Eesti_Rahvusfond, lk 25
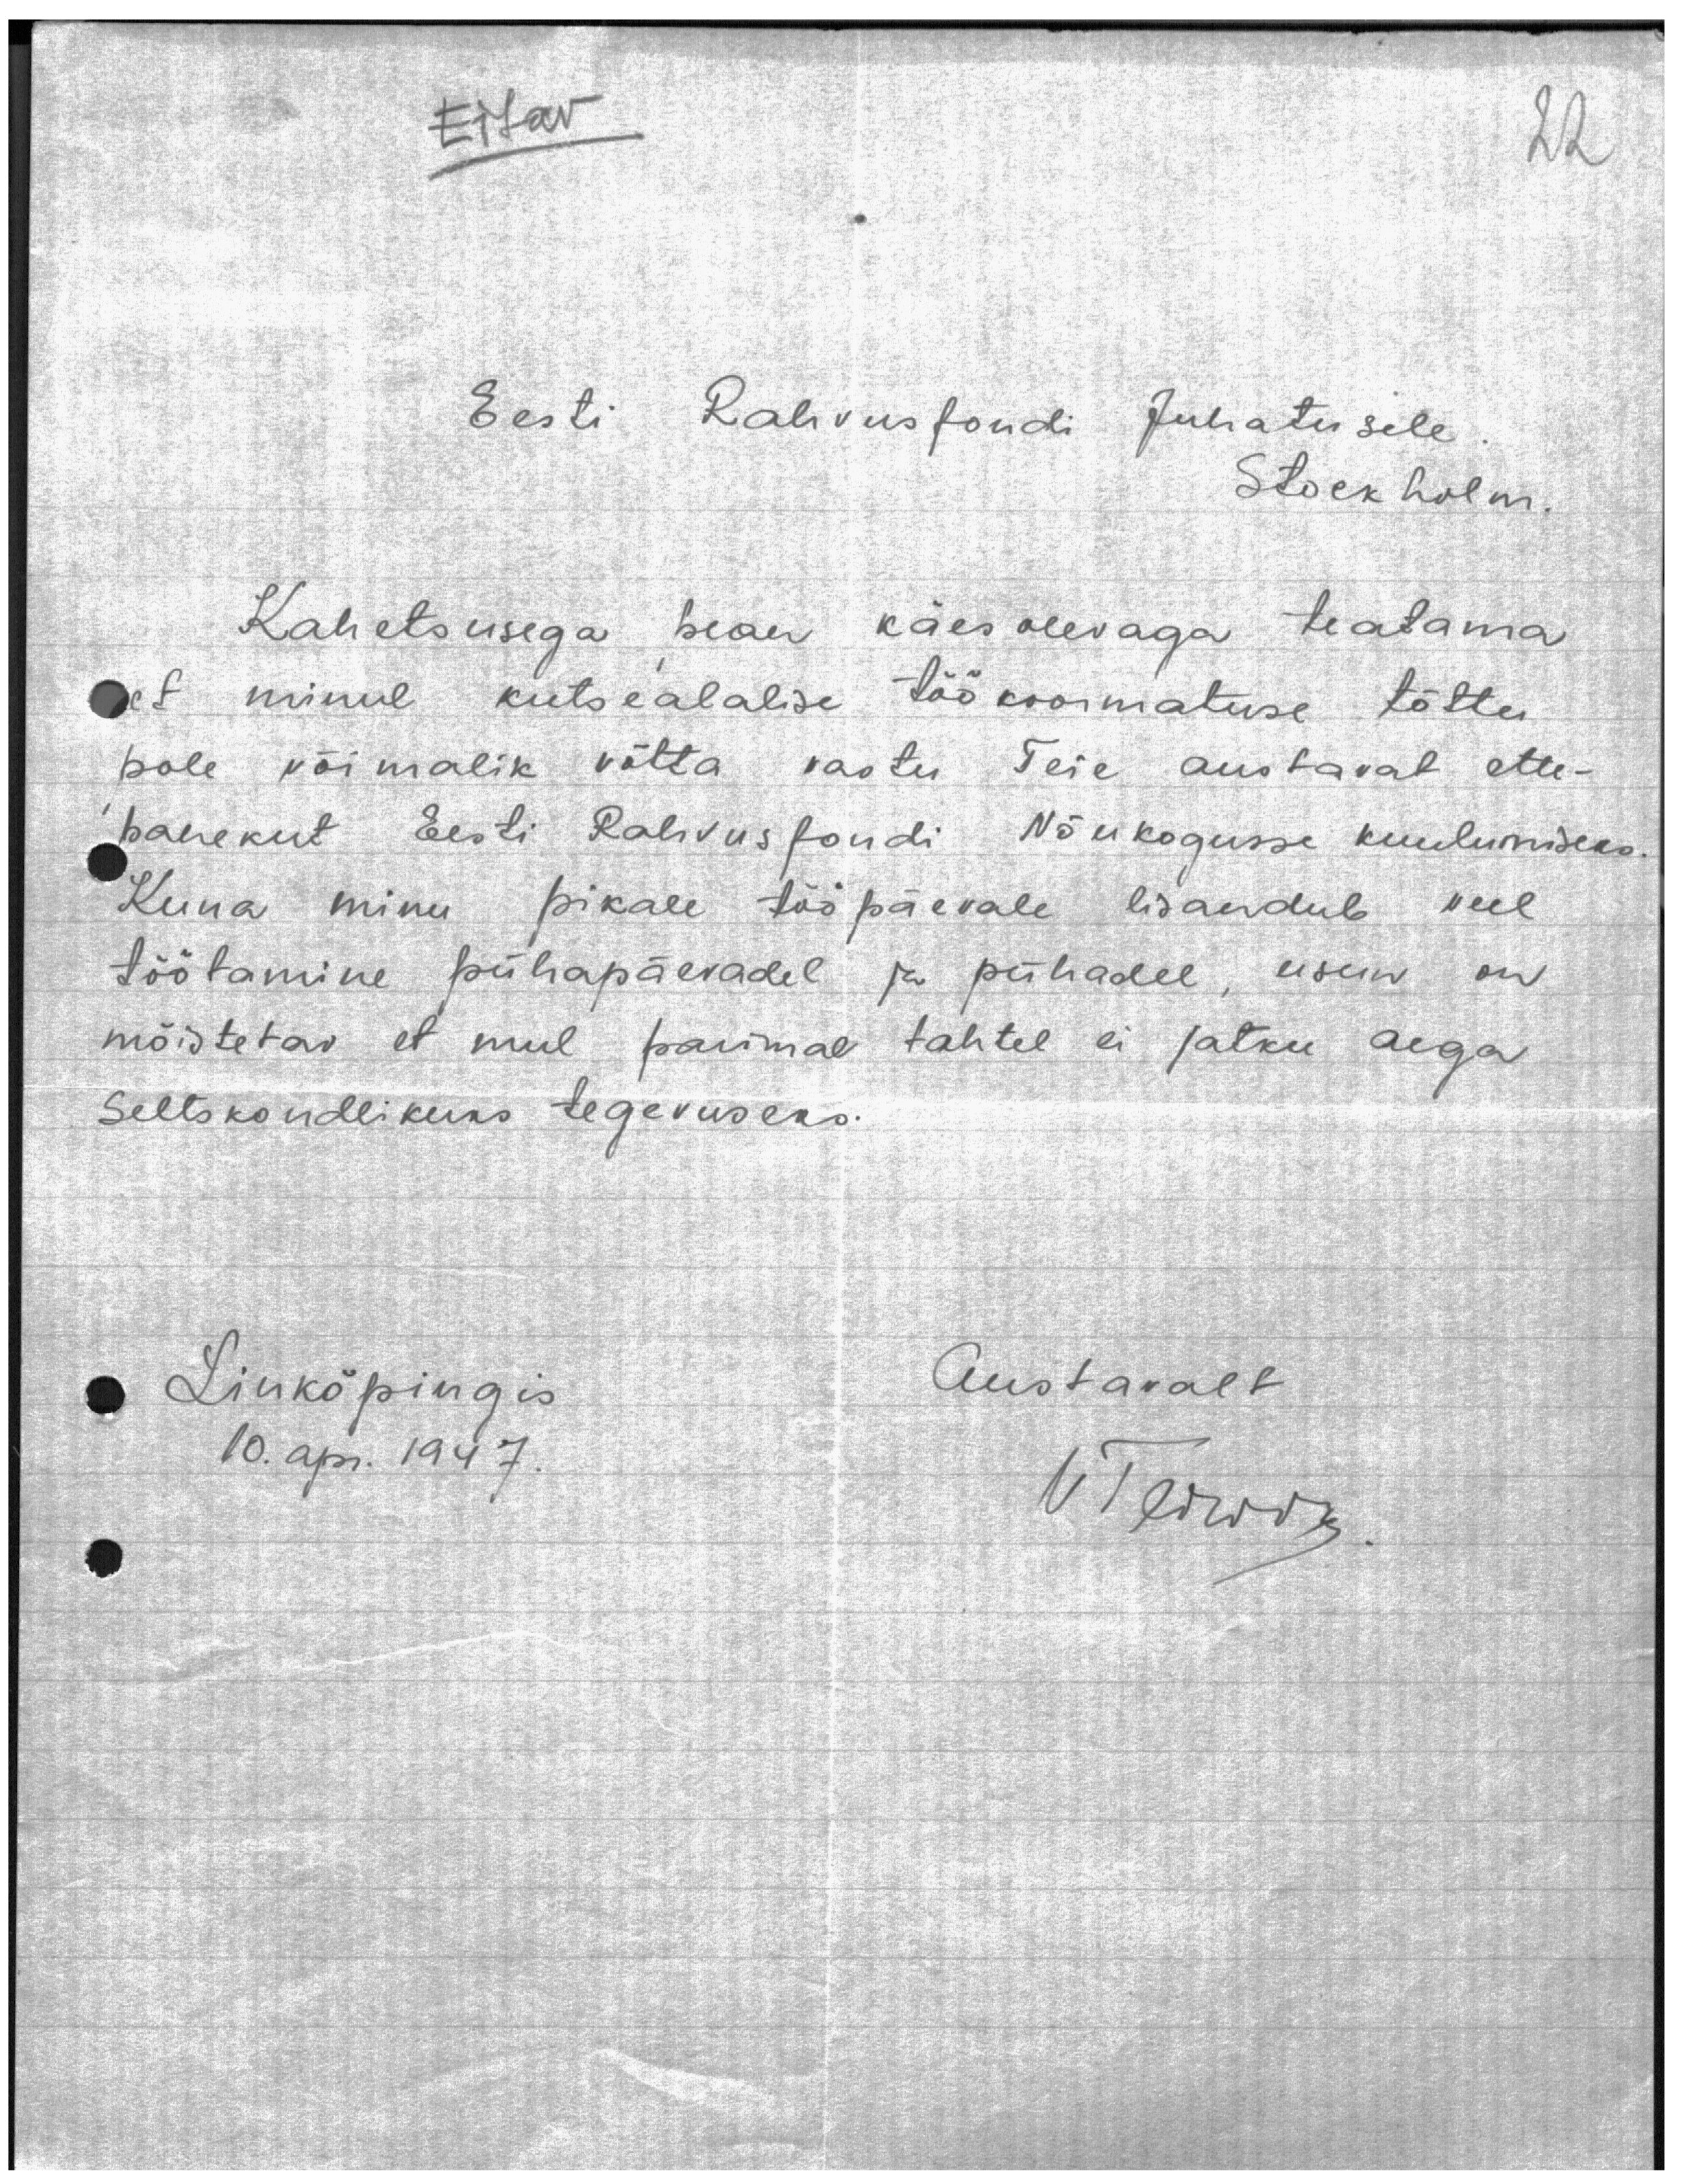
Eitav

22

Eesti Rahvusfondi Juhatusele
Stockholm.

Kahetsusega pean käesolevaga teatama
et minul kutsealalise töökoormatuse tõttu
pole võimalik vòtta vastu Teie austavat ette-
panekut Eesti Rahvusfondi Nõukogusse kuulumiseks
Kuna minu pikale tööpäevale lisandub veel
töötamine pühapäevadel ja pühadel, usun on
mõistetav et mul parimal tahtel ei jatku aega
Seltskondlikuks tegevuseks.
Linköpingis
Austavalt
10. apr. 1947.
UTeiwis.